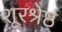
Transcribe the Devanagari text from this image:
शूरश्रेष्ठ